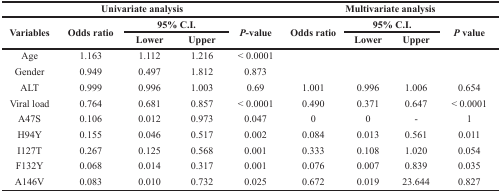
<table><thead><tr><td colspan="5"><b>Univariate analysis</b></td><td colspan="4"><b>Multivariate analysis</b></td></tr><tr><td rowspan="2"><b>Variables</b></td><td rowspan="2"><b>Odds ratio</b></td><td colspan="2"><b>95% C.I.</b></td><td rowspan="2"><b><i>P</i>-value</b></td><td rowspan="2"><b>Odds ratio</b></td><td colspan="2"><b>95% C.I.</b></td><td rowspan="2"><b><i>P</i> value</b></td></tr><tr><td><b>Lower</b></td><td><b>Upper</b></td><td><b>Lower</b></td><td><b>Upper</b></td></tr></thead><tbody><tr><td>Age</td><td>1.163</td><td>1.112</td><td>1.216</td><td>&lt; 0.0001</td><td></td><td></td><td></td><td></td></tr><tr><td>Gender</td><td>0.949</td><td>0.497</td><td>1.812</td><td>0.873</td><td></td><td></td><td></td><td></td></tr><tr><td>ALT</td><td>0.999</td><td>0.996</td><td>1.003</td><td>0.69</td><td>1.001</td><td>0.996</td><td>1.006</td><td>0.654</td></tr><tr><td>Viral load</td><td>0.764</td><td>0.681</td><td>0.857</td><td>&lt; 0.0001</td><td>0.490</td><td>0.371</td><td>0.647</td><td>&lt; 0.0001</td></tr><tr><td>A47S</td><td>0.106</td><td>0.012</td><td>0.973</td><td>0.047</td><td>0</td><td>0</td><td>-</td><td>1</td></tr><tr><td>H94Y</td><td>0.155</td><td>0.046</td><td>0.517</td><td>0.002</td><td>0.084</td><td>0.013</td><td>0.561</td><td>0.011</td></tr><tr><td>I127T</td><td>0.267</td><td>0.125</td><td>0.568</td><td>0.001</td><td>0.333</td><td>0.108</td><td>1.020</td><td>0.054</td></tr><tr><td>F132Y</td><td>0.068</td><td>0.014</td><td>0.317</td><td>0.001</td><td>0.076</td><td>0.007</td><td>0.839</td><td>0.035</td></tr><tr><td>A146V</td><td>0.083</td><td>0.010</td><td>0.732</td><td>0.025</td><td>0.672</td><td>0.019</td><td>23.644</td><td>0.827</td></tr></tbody></table>